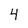
Character: 4